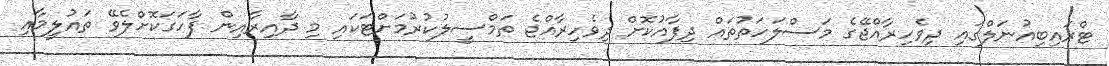
ޓްރައިބިއުނަލްގައި ދިވެހިރާއްޖޭގެ މަސްލަހަތުތައް ދިފާއުކޮށް ދިވެހިރާއްޖެ ތަމްސީލުކުރުމަށްޓަކައި މި ދާއިރާއިން ފާހަގަކޮށްލެވޭ ތައުލީމާއި